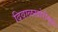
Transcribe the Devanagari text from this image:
दिवाळखोरीमुळे